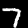
Label: 7